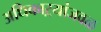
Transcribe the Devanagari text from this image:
अधिकाऱ्यांजवळ